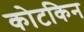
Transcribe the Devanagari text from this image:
कोटकिन